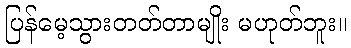
ပြန်မေ့သွားတတ်တာမျိုး မဟုတ်ဘူး။